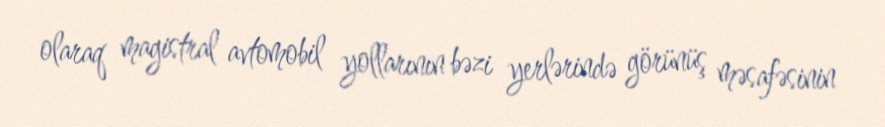
olaraq magistral avtomobil yollarının bəzi yerlərində görünüş məsafəsinin